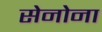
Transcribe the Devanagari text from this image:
सेनोना